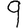
Digit: 9